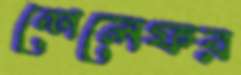
শেলেফর